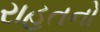
રાહતનો